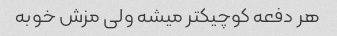
هر دفعه کوچیکتر میشه ولی مزش خوبه